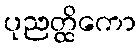
ပုညတ္ထိကော